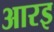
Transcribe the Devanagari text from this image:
आरइ